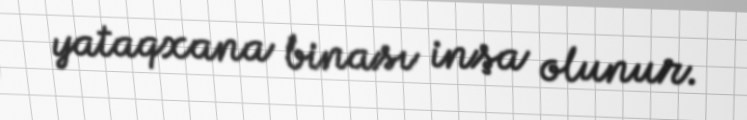
yataqxana binası inşa olunur.